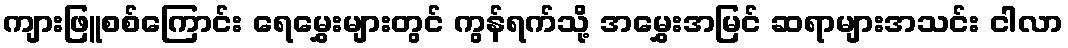
ကျားဖြူစစ်ကြောင်း ရေမွှေးများတွင် ကွန်ရက်သို့ အမွှေးအမြင် ဆရာများအသင်း ငါလာ